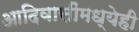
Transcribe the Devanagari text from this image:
आदिवासींमध्येही